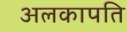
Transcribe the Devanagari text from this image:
अलकापति